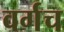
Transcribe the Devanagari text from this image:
वर्गच